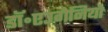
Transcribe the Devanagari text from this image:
डॉ॰एउगेनियो